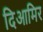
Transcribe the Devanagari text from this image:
दिआमिर